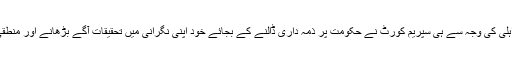
انہوں نے کہا کہ ان اداروں کی نااہلی کی وجہ سے ہی سپریم کورٹ نے حکومت پر ذمہ داری ڈالنے کے بجائے خود اپنی نگرانی میں تحقیقات آگے بڑھانے اور منطقی انجام تک پہنچانے کی بات ہے۔